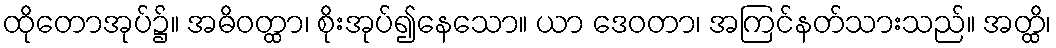
ထိုတောအုပ်၌။ အဓိဝတ္ထာ၊ စိုးအုပ်၍နေသော။ ယာ ဒေဝတာ၊ အကြင်နတ်သားသည်။ အတ္ထိ၊